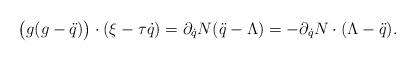
LaTeX: \begin{align*} \bigl(g(g-\ddot q)\bigr)\cdot (\xi-\tau \dot q)=\partial_{\dot q}N(\ddot q-\Lambda)= -\partial_{\dot q}N\cdot(\Lambda-\ddot q).\end{align*}